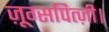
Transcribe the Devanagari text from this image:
ज़ूग्सपित्ज़ी।